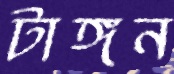
টাঙ্গন